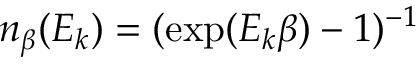
n _ { \beta } ( E _ { k } ) = ( \exp ( E _ { k } \beta ) - 1 ) ^ { - 1 }